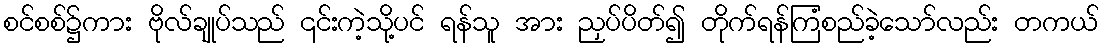
စင်စစ်၌ကား ဗိုလ်ချုပ်သည် ၎င်းကဲ့သို့ပင် ရန်သူ အား ညှပ်ပိတ်၍ တိုက်ရန်ကြံစည်ခဲ့သော်လည်း တကယ်